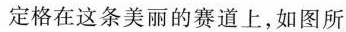
定格在这条美丽的赛道上，如图所